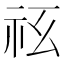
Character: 𥘢